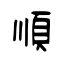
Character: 順